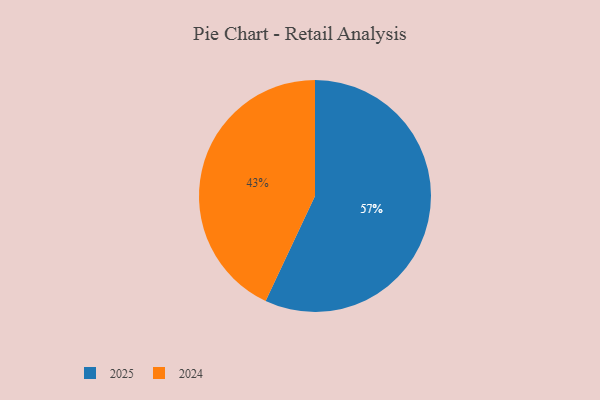
{"axis": {"x": "Category", "y": "Percentage"}, "legend": ["2024", "2025"], "data": [{"x": "2025", "y": 57, "type": "2025"}, {"x": "2024", "y": 43, "type": "2024"}]}